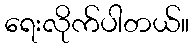
ရေးလိုက်ပါတယ်။